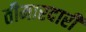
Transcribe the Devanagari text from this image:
तीमारदारी